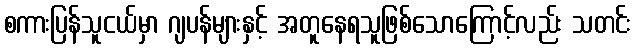
စကားပြန်သူငယ်မှာ ဂျပန်များနှင့် အတူနေရသူဖြစ်သောကြောင့်လည်း သတင်း